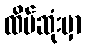
ထိပ်ဆုံးမှာ